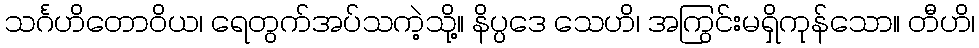
သင်္ဂဟိတောဝိယ၊ ရေတွက်အပ်သကဲ့သို့။ နိပ္ပဒေ သေဟိ၊ အကြွင်းမရှိကုန်သော။ တီဟိ၊